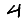
Digit: 4